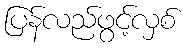
ပြန်လည်ဖွင့်လှစ်